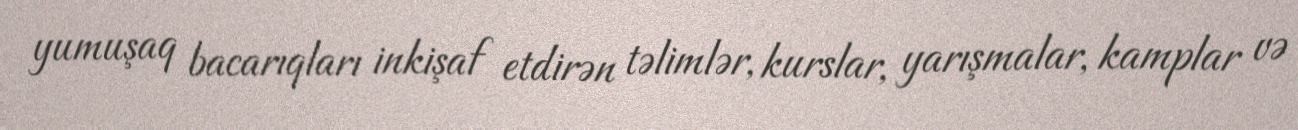
yumuşaq bacarıqları inkişaf etdirən təlimlər, kurslar, yarışmalar, kamplar və